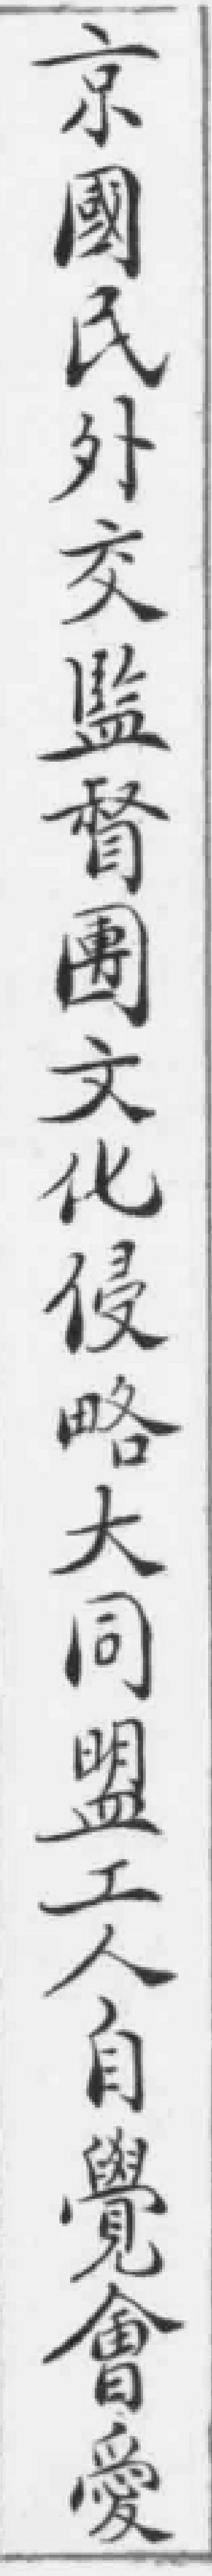
京國民外交監督團文化侵略大同盟工人自覺會愛